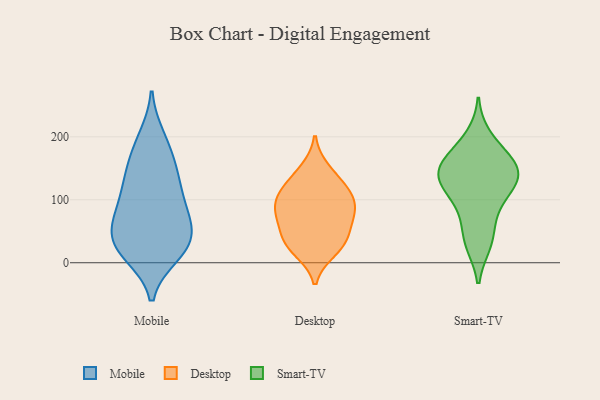
{"axis": {"x": "Net Income (USD K)", "y": "Value"}, "legend": ["Desktop", "Mobile", "Smart-TV"], "data": [{"x": "", "y": 188, "type": "Mobile"}, {"x": "", "y": 36, "type": "Mobile"}, {"x": "", "y": 73, "type": "Mobile"}, {"x": "", "y": 13, "type": "Mobile"}, {"x": "", "y": 22, "type": "Mobile"}, {"x": "", "y": 199, "type": "Mobile"}, {"x": "", "y": 142, "type": "Mobile"}, {"x": "", "y": 143, "type": "Mobile"}, {"x": "", "y": 14, "type": "Mobile"}, {"x": "", "y": 60, "type": "Mobile"}, {"x": "", "y": 107, "type": "Mobile"}, {"x": "", "y": 66, "type": "Mobile"}, {"x": "", "y": 87, "type": "Mobile"}, {"x": "", "y": 36, "type": "Mobile"}, {"x": "", "y": 108, "type": "Mobile"}, {"x": "", "y": 154, "type": "Mobile"}, {"x": "", "y": 33, "type": "Mobile"}, {"x": "", "y": 32, "type": "Desktop"}, {"x": "", "y": 19, "type": "Desktop"}, {"x": "", "y": 47, "type": "Desktop"}, {"x": "", "y": 69, "type": "Desktop"}, {"x": "", "y": 111, "type": "Desktop"}, {"x": "", "y": 78, "type": "Desktop"}, {"x": "", "y": 30, "type": "Desktop"}, {"x": "", "y": 85, "type": "Desktop"}, {"x": "", "y": 148, "type": "Desktop"}, {"x": "", "y": 91, "type": "Desktop"}, {"x": "", "y": 110, "type": "Desktop"}, {"x": "", "y": 127, "type": "Desktop"}, {"x": "", "y": 30, "type": "Smart-TV"}, {"x": "", "y": 111, "type": "Smart-TV"}, {"x": "", "y": 200, "type": "Smart-TV"}, {"x": "", "y": 33, "type": "Smart-TV"}, {"x": "", "y": 92, "type": "Smart-TV"}, {"x": "", "y": 161, "type": "Smart-TV"}, {"x": "", "y": 120, "type": "Smart-TV"}, {"x": "", "y": 175, "type": "Smart-TV"}, {"x": "", "y": 137, "type": "Smart-TV"}, {"x": "", "y": 138, "type": "Smart-TV"}, {"x": "", "y": 159, "type": "Smart-TV"}, {"x": "", "y": 66, "type": "Smart-TV"}, {"x": "", "y": 138, "type": "Smart-TV"}, {"x": "", "y": 144, "type": "Smart-TV"}]}